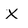
Character: X